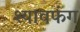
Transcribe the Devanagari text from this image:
श्यावफंग